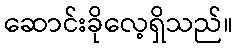
ဆောင်းခိုလေ့ရှိသည်။